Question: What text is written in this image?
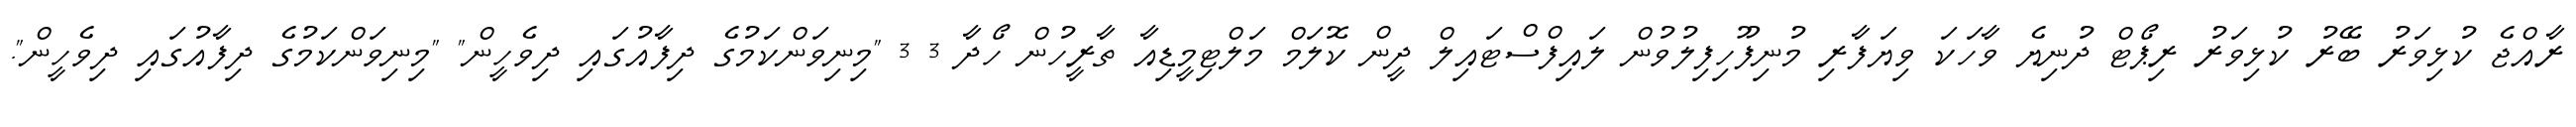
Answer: ރާއްޖެ ކުޅިވަރު ބޭރު ކުޅިވަރު ރިޕޯޓް ދުނިޔެ ވާހަކަ ވިޔަފާރި މުނިފޫހިފިލުވުން ލައިފްސްޓައިލް ދީން ކޮލަމް މަލްޓިމީޑިއާ ތާރީހުން ހޯދާ 3 3 "މިނިވަންކަމުގެ ދިފާއުގައި ދިވެހީން" "މިނިވަންކަމުގެ ދިފާއުގައި ދިވެހީން".